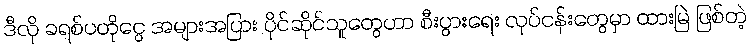
ဒီလို ခရစ်ပတိုငွေ အများအပြား ပိုင်ဆိုင်သူတွေဟာ စီးပွားရေး လုပ်ငန်းတွေမှာ ထားမြဲ ဖြစ်တဲ့